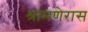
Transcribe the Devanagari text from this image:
श्रामणेरास